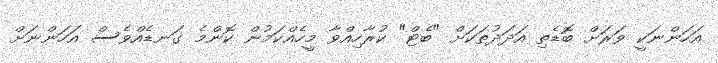
އަހަންނަކީ ވަރަށް ބޮޑެތި އަދަދުތަކަށް "ބެޓް" ކުރާހިއްވާ މީހެއްކަމުން ކޮންމެ ގަނޑެއްވެސް އަހަންނަށް